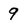
Character: 9